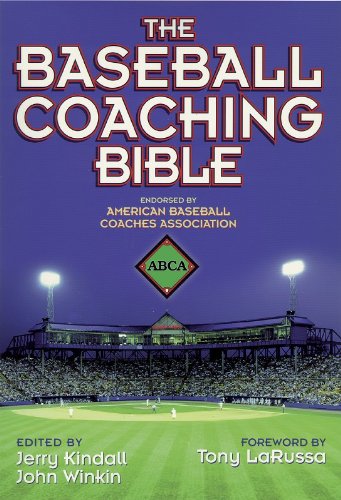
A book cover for The Baseball Coaching Bible (The Coaching Bible Series); Jerry Kindall; Sports & Outdoors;